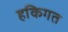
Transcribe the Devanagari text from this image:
हकिगत